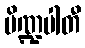
ပိဏ္ဍပါတီ